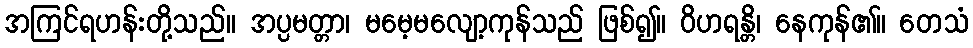
အကြင်ရဟန်းတို့သည်။ အပ္ပမတ္တာ၊ မမေ့မလျော့ကုန်သည် ဖြစ်၍။ ဝိဟရန္တိ၊ နေကုန်၏။ တေသံ